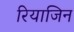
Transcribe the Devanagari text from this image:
रियाजिन